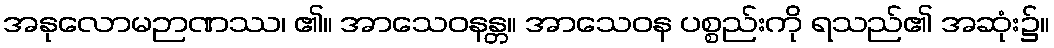
အနုလောမဉာဏဿ၊ ၏။ အာသေဝနန္တ။ အာသေဝန ပစ္စည်းကို ရသည်၏ အဆုံး၌။